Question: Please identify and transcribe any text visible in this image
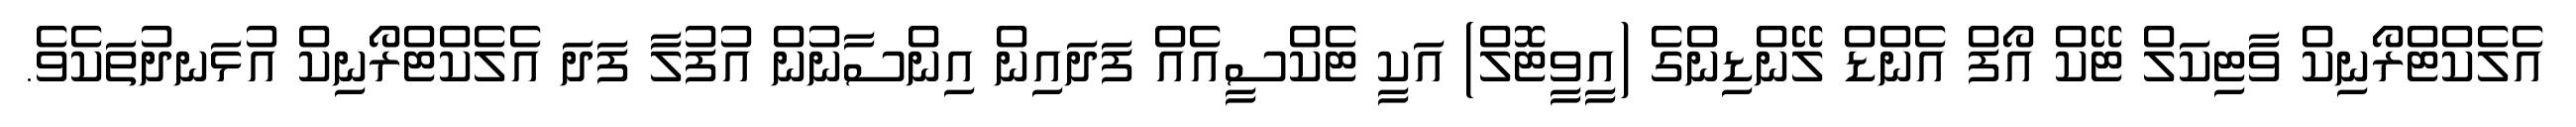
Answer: އެލެކްޓްރޯނިކް ވާޓިކަލް ޓޭކް އޯފް އެންޑް ލޭންޑިންގެ (އީވީޓޮލް) އަކީ ޓެކްސީއެއް ފަދައިން އިންސާނުން އުފުލާ ފަދަ އެލެކްޓްރޯނިކް އުޅަނދުތަކެވެ.